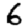
Digit: 6